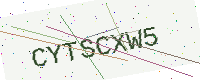
Text: CYTSCXW5